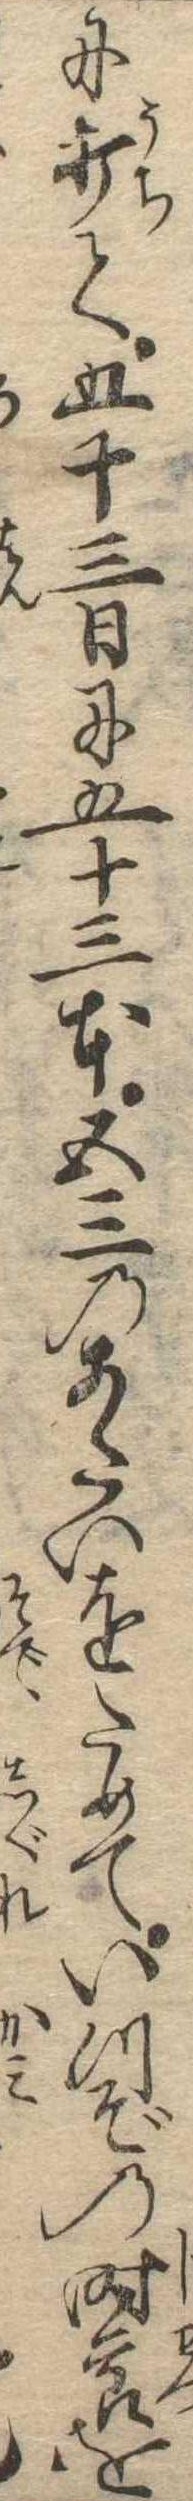
に打て五十三日に五十三本五三のあたいをためていつぞの時節を